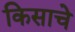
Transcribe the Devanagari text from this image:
किसाचे